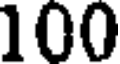
100